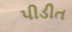
પીડીત